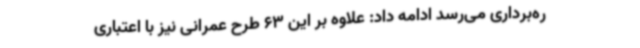
ره‌برداری می‌رسد ادامه داد: علاوه بر این 63 طرح عمرانی نیز با اعتباری